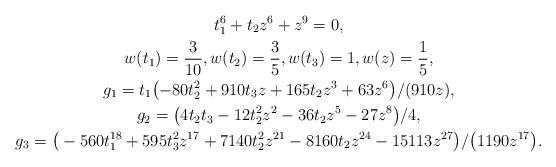
LaTeX: \begin{gather*}t_1^6 + t_2z^6 + z^9=0,\\w(t_1)=\frac{3}{10},w(t_2)=\frac{3}{5},w(t_3)=1,w(z)=\frac{1}{5},\\g_1=t_1\big({-}80t_2^2 + 910t_3z + 165t_2z^3 + 63z^6\big)/(910z), \\g_2= \big(4t_2t_3 - 12t_2^2z^2 - 36t_2z^5 - 27z^8\big)/4,\\g_3= \big(-560t_1^{18} + 595t_3^2z^{17} + 7140t_2^2z^{21} - 8160t_2z^{24} - 15113z^{27}\big)/\big(1190z^{17}\big).\end{gather*}